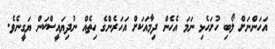
އަހަންނަށް ލޯބި ހުށަހެޅި ނަމަ އެހެން ދިމާއަކަށް އަހަރެންގެ ހިތެއް ނުދިޔައީސްކަން ޔަގީނެވެ.